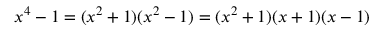
x ^ { 4 } - 1 = ( x ^ { 2 } + 1 ) ( x ^ { 2 } - 1 ) = ( x ^ { 2 } + 1 ) ( x + 1 ) ( x - 1 )